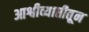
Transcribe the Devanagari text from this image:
आश्वीव्याप्तीतून